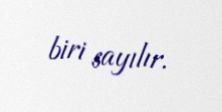
biri sayılır.